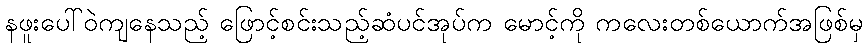
နဖူးပေါ်ဝဲကျနေသည့် ဖြောင့်စင်းသည့်ဆံပင်အုပ်က မောင့်ကို ကလေးတစ်ယောက်အဖြစ်မှ